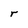
Character: r